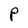
Character: P